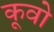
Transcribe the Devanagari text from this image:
कूवो